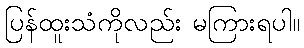
ပြန်ထူးသံကိုလည်း မကြားရပါ။